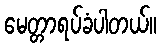
မေတ္တာရပ်ခံပါတယ်။